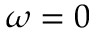
\omega = 0